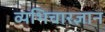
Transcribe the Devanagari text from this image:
व्यभिचारज्ञान